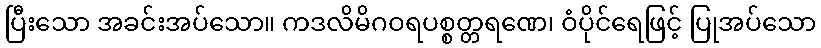
ပြီးသော အခင်းအပ်သော။ ကဒလိမိဂဝရပစ္စတ္တရဏေ၊ ဝံပိုင်ရေဖြင့် ပြုအပ်သော